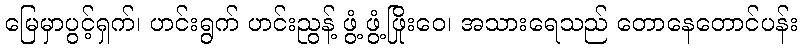
မြေမှာပွင့်ရှက်၊ ဟင်းရွက် ဟင်းညွန့် ဖွံ့ ဖွံ့ဖြိုးဝေ၊ အသားရေသည် တောနေတောင်ပန်း